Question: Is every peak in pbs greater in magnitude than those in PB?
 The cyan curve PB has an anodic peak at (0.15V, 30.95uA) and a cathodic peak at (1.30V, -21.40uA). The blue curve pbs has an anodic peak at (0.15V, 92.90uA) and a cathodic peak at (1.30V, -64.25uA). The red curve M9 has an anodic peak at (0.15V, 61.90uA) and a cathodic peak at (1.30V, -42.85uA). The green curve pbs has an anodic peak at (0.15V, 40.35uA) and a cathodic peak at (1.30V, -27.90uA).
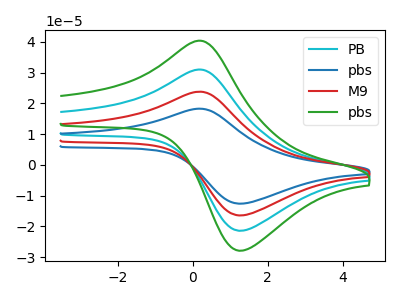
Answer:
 <answer>Every peak in "pbs" is higher than every peak in "PB".</answer>
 <eval>higher</eval>